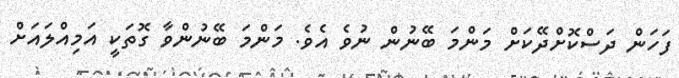
ފަހަން ދަސްކޮށްދޭކަށް މަންމަ ބޭނުން ނުވެ އެވެ. މަންމަ ބޭނުންވާ ގޮތަކީ އަމިއްލައަށް